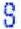
S